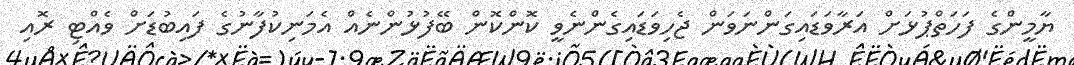
ޔާމީންގެ ފަހަތްޕުޅަށް އަރާވަޑައިގަންނަވަން ޖެހިވަޑައިގެންނެވީ ކޮންކޮން ބޭފުޅުންނެއް އެމަނިކުފާނުގެ ފައިބުޑަށް ވެއްޓި ރޮއި